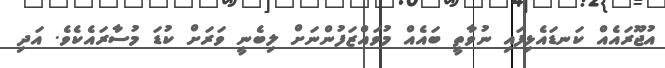
އުޖޫރައެއް ކަނޑައެޅިފައި ނުވާތީ ބައެއް މުވައްޒަފުންނަށް ލިބެނީ ވަރަށް ކުޑަ މުސާރައެކެވެ. އަދި